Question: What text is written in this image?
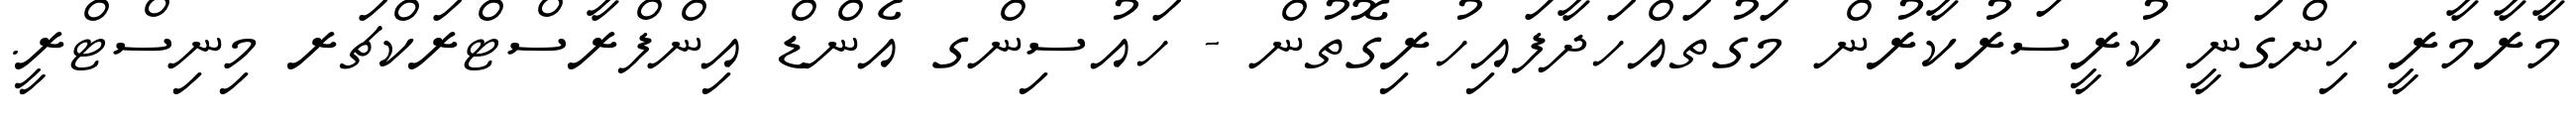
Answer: މާރާމާރީ ހިންގަނީ ކުރީސަރުކާރުން މަގުތައްހަދާފައިހުރިގޮތުން - ހައުސިންގ އެންޑް އިންފްރާސްޓްރަކްޗަރ މިނިސްޓްރީ.